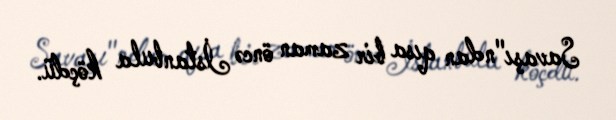
Savaşı"ndan qısa bir zaman öncə İstanbula köçdü.